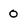
Character: 0